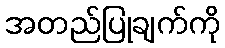
အတည်ပြုချက်ကို